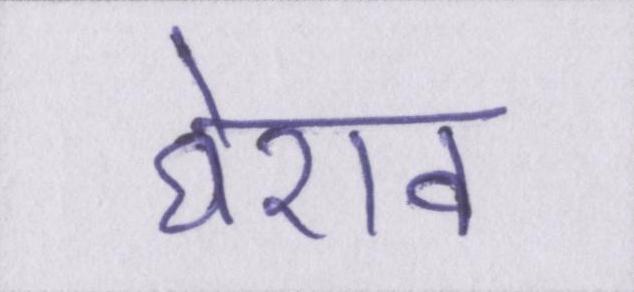
घेराव